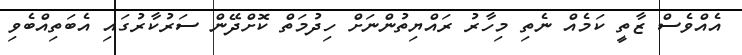
އެއްވެސް ޒާތީ ކަމެއް ނެތި މިހާރު ރައްޔިތުންނަށް ހިދުމަތް ކޮށްދޭން ސަރުކާރުގައި އެބަތިއްބެވި